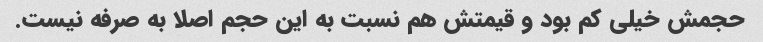
حجمش خیلی کم بود و قیمتش هم نسبت به این حجم اصلا به صرفه نیست.